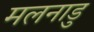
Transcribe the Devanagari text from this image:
मलनाडु